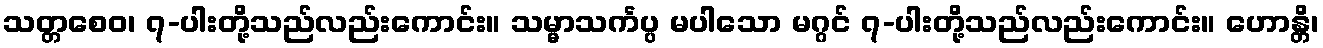
သတ္တစေဝ၊ ၇-ပါးတို့သည်လည်းကောင်း။ သမ္မာသင်္ကပ္ပ မပါသော မဂ္ဂင် ၇-ပါးတို့သည်လည်းကောင်း။ ဟောန္တိ၊